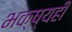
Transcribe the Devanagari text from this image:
भक्ष्यही